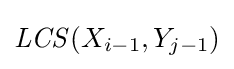
{\mathit {LCS}}(X_{i-1},Y_{j-1})